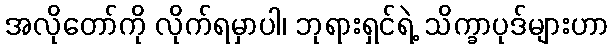
အလိုတော်ကို လိုက်ရမှာပါ၊ ဘုရားရှင်ရဲ့ သိက္ခာပုဒ်များဟာ